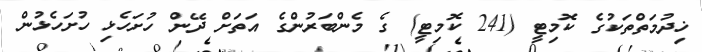
ޚިދުމަތްތަކުގެ ކޮމިޓީ (241 ކޮމިޓީ) ގެ މެންބަރުންގެ އަތަށް ދޭން ހުށަހެޅި ހުށަހެޅުން